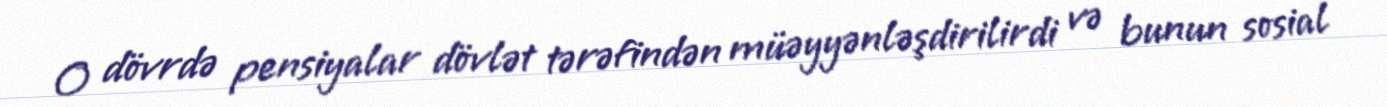
O dövrdə pensiyalar dövlət tərəfindən müəyyənləşdirilirdi və bunun sosial